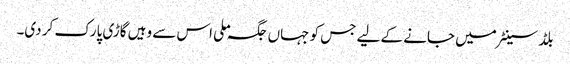
بلڈ سینٹر میں جانے کے لیے جس کو جہاں جگہ ملی اس سے وہیں گاڑی پارک کر دی۔